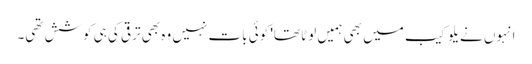
انہوں نے یلو کیب میں بھی ہمیں لوٹا تھا' کوئی بات نہیں وہ بھی ترقی کی ہی کوشش تھی۔